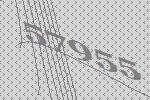
57955